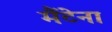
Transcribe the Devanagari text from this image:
मैंटेना